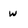
Character: w